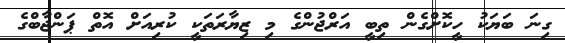
ގިނަ ބަޔަކު ހީކޮށްގެން ތިބީ އަރްޖުންގެ މި ޒިޔާރަތަކީ ކުރިއަށް އޮތް ޕަންޖާބްގެ